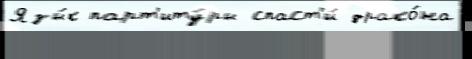
Язы́к парт'иту́ры спаст'и́ драко́на